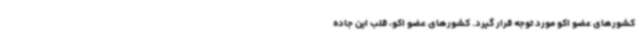
کشورهای عضو اکو مورد توجه قرار گیرد. کشورهای عضو اکو، قلب این جاده